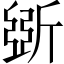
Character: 斲